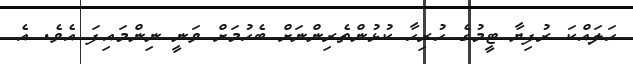
ހަލައްކަ ރުފިޔާ ޓީމުގެ ހުރިހާ ކުޅުންތެރިންނަށް ބެހުމަށް ވަނީ ނިންމައިފަ އެވެ. އެ